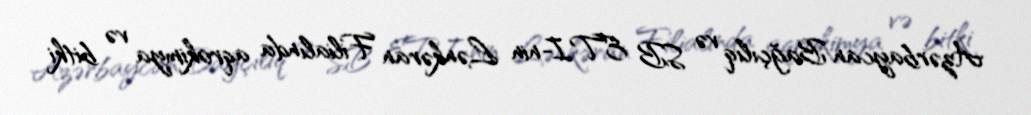
Azərbaycan Bağçılıq və SB ETI-nin Lənkəran Filialında aqrokimya və bitki